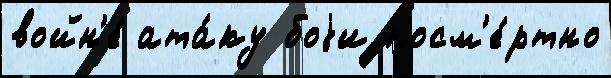
войн'е́ ата́ку боjи посм'е́ртно